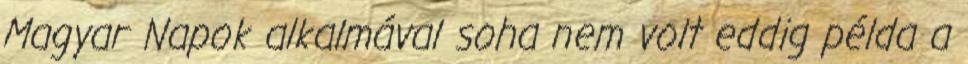
Magyar Napok alkalmával soha nem volt eddig példa a